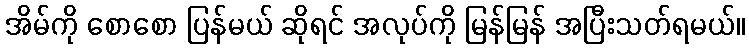
အိမ်ကို စောစော ပြန်မယ် ဆိုရင် အလုပ်ကို မြန်မြန် အပြီးသတ်ရမယ်။